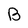
Character: B